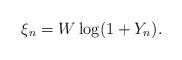
\begin{align*} \xi_n = W\log(1 + Y_n). \end{align*}